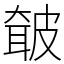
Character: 㿴